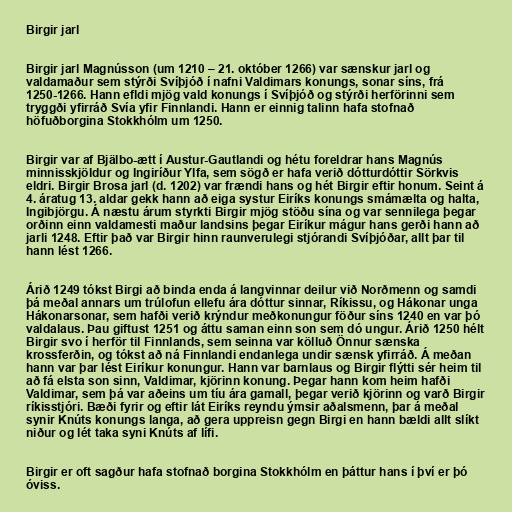
Birgir jarl

Birgir jarl Magnússon (um 1210 – 21. október 1266) var sænskur jarl og
valdamaður sem stýrði Svíþjóð í nafni Valdimars konungs, sonar síns, frá
1250-1266. Hann efldi mjög vald konungs í Svíþjóð og stýrði herförinni sem
tryggði yfirráð Svía yfir Finnlandi. Hann er einnig talinn hafa stofnað
höfuðborgina Stokkhólm um 1250.

Birgir var af Bjälbo-ætt í Austur-Gautlandi og hétu foreldrar hans Magnús
minnisskjöldur og Ingiríður Ylfa, sem sögð er hafa verið dótturdóttir Sörkvis
eldri. Birgir Brosa jarl (d. 1202) var frændi hans og hét Birgir eftir honum. Seint á
4. áratug 13. aldar gekk hann að eiga systur Eiríks konungs smámælta og halta,
Ingibjörgu. Á næstu árum styrkti Birgir mjög stöðu sína og var sennilega þegar
orðinn einn valdamesti maður landsins þegar Eiríkur mágur hans gerði hann að
jarli 1248. Eftir það var Birgir hinn raunverulegi stjórandi Svíþjóðar, allt þar til
hann lést 1266.

Árið 1249 tókst Birgi að binda enda á langvinnar deilur við Norðmenn og samdi
þá meðal annars um trúlofun ellefu ára dóttur sinnar, Ríkissu, og Hákonar unga
Hákonarsonar, sem hafði verið krýndur meðkonungur föður síns 1240 en var þó
valdalaus. Þau giftust 1251 og áttu saman einn son sem dó ungur. Árið 1250 hélt
Birgir svo í herför til Finnlands, sem seinna var kölluð Önnur sænska
krossferðin, og tókst að ná Finnlandi endanlega undir sænsk yfirráð. Á meðan
hann var þar lést Eiríkur konungur. Hann var barnlaus og Birgir flýtti sér heim til
að fá elsta son sinn, Valdimar, kjörinn konung. Þegar hann kom heim hafði
Valdimar, sem þá var aðeins um tíu ára gamall, þegar verið kjörinn og varð Birgir
ríkisstjóri. Bæði fyrir og eftir lát Eiríks reyndu ýmsir aðalsmenn, þar á meðal
synir Knúts konungs langa, að gera uppreisn gegn Birgi en hann bældi allt slíkt
niður og lét taka syni Knúts af lífi.

Birgir er oft sagður hafa stofnað borgina Stokkhólm en þáttur hans í því er þó
óviss.